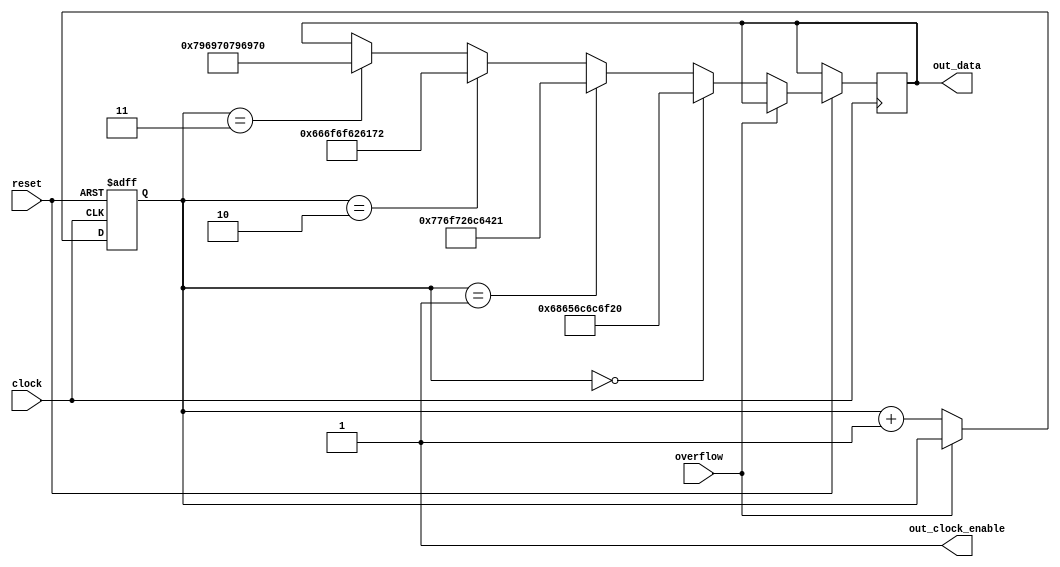
module helloworldwriter(
	input clock,
	input reset,
	input overflow,
	output out_clock_enable,
	output reg [47:0] out_data);

	reg [1:0] counter;

	assign out_clock_enable = 1;

	always @(negedge clock or negedge reset) begin
		if (~reset)
			counter <= 0;
		else begin
			if (~overflow) begin
				if (counter == 0) begin
					out_data <= 48'h68656c6c6f20; /* 'hello ' */
				end
				else if (counter == 1) begin
					out_data <= 48'h776f726c6421; /* 'world!' */
				end
				else if (counter == 2) begin
					out_data <= 48'h666f6f626172; /* 'foobar' */
				end
				else if (counter == 3) begin
					out_data <= 48'h796970796970; /* 'yipyip' */
				end
				counter <= counter + 1;
			end
		end
	end
endmodule